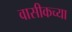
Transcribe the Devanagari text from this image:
वासीकच्या